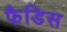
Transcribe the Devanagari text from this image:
फैडिस